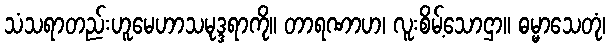
သံသရာတည်းဟူမေဟာသမုဒ္ဒရာကို။ တာရဏာဟ၊ လူးစိမ့်သောဌာ။ ဓမ္မာသေတုံ၊